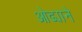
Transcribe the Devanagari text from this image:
ओढ्याने